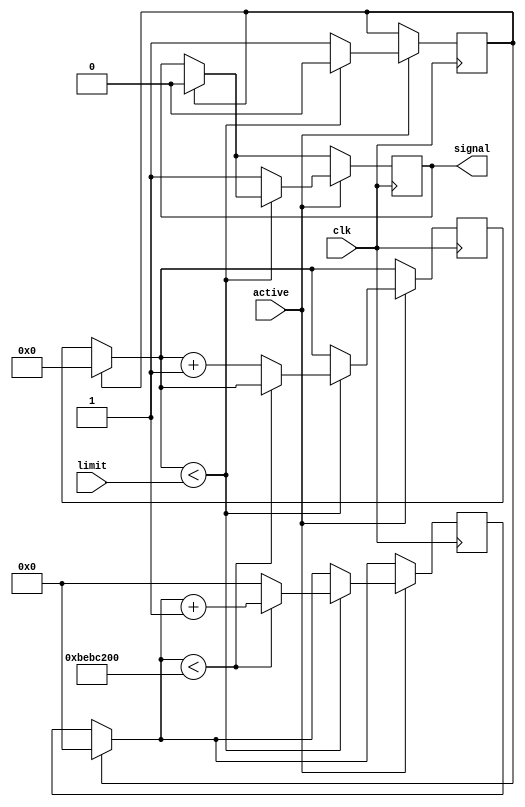
`timescale 1ns / 1ps
//////////////////////////////////////////////////////////////////////////////////
// Company: 
// Engineer: 
// 
// Design Name: 
// Module Name: delay_seconds
// Project Name: 
// Target Devices: 
// Tool Versions: 
// Description: 
// 
// Dependencies: 
// 
// Revision:
// Revision 0.01 - File Created
// Additional Comments:
// 
//////////////////////////////////////////////////////////////////////////////////


module delay_seconds(
    input clk,
    input[3:0] limit,
    input active,
    output reg signal = 0
    );

reg reset = 0;
reg [31:0] counter = 0;
reg [3:0] second_counter = 0;
    reg [31:0] Period = 200000000;
    
always@ (posedge clk)
begin

  if(reset)
   begin
     counter = 0;
     second_counter=0;
     signal = 0;
    end 
    if (active)
    begin   
    //if ((second_counter<countTo)&&active)
    if (second_counter<limit)
    begin
    reset = 0;
    if (counter<Period)
    begin
    counter <= counter + 1;
    end
    else 
    begin 
    counter = 0;
    second_counter <= second_counter + 1;
    end
   end
   
   else
   begin 
   signal = 1;
   reset = 1; 
   end
  end
 end
endmodule